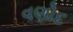
વણોદ